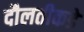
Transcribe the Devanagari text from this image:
दौलतीकडे